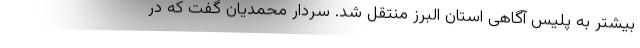
بیشتر به پلیس آگاهی استان البرز منتقل شد. سردار محمدیان گفت که در